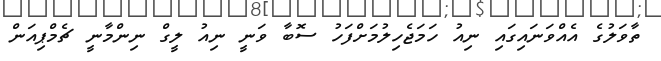
ތާވަލުގެ އެއްވަނައިގައި ނިއު ހަމަޖެހިލުމަށްފަހު ސޮބާ ވަނީ ނިއު ލީގް ނިންމާނީ ޗެމްޕިއަން